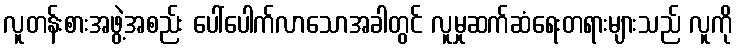
လူတန်းစားအဖွဲ့အစည်း ပေါ်ပေါက်လာသောအခါတွင် လူမှုဆက်ဆံရေးတရားများသည် လူကို